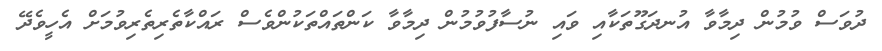
ދުވަސް ވުމުން ދިމާވާ އުނދަގޫތަކާއި ވައި ނުސާފުވުމުން ދިމާވާ ކަންތައްތަކުންވެސް ރައްކާތެރިތެރިވުމަށް އެހީވެދޭ